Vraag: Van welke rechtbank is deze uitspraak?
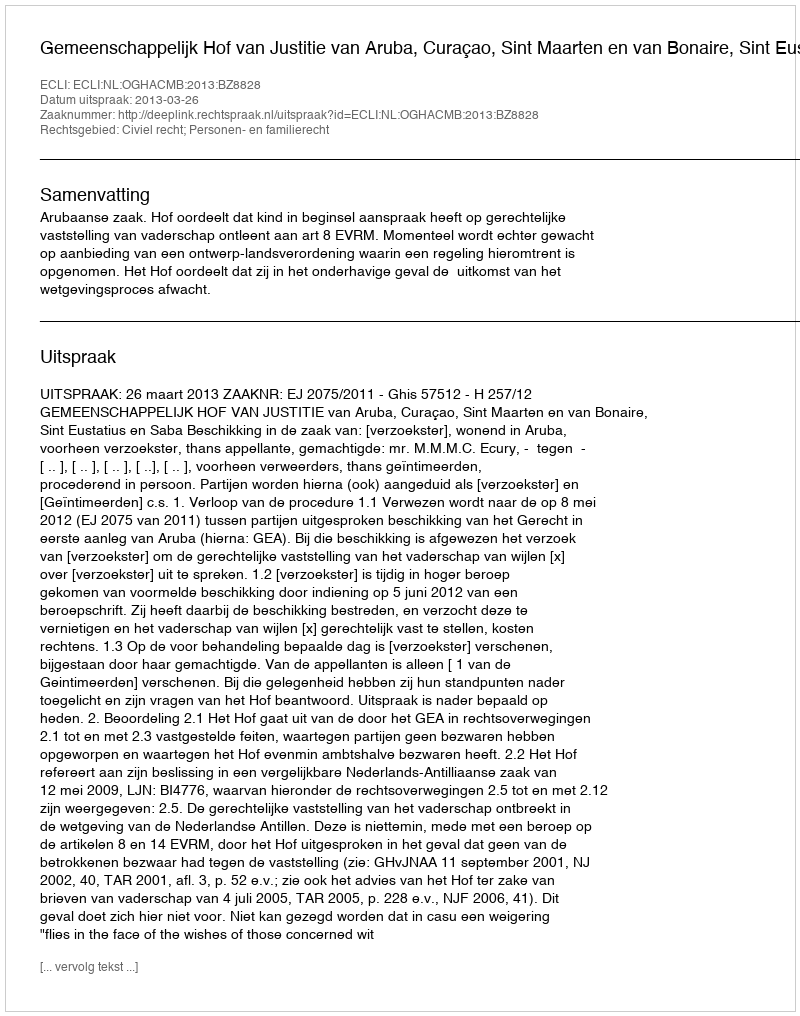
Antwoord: Gemeenschappelijk Hof van Justitie van Aruba, Curaçao, Sint Maarten en van Bonaire, Sint Eustatius en Saba